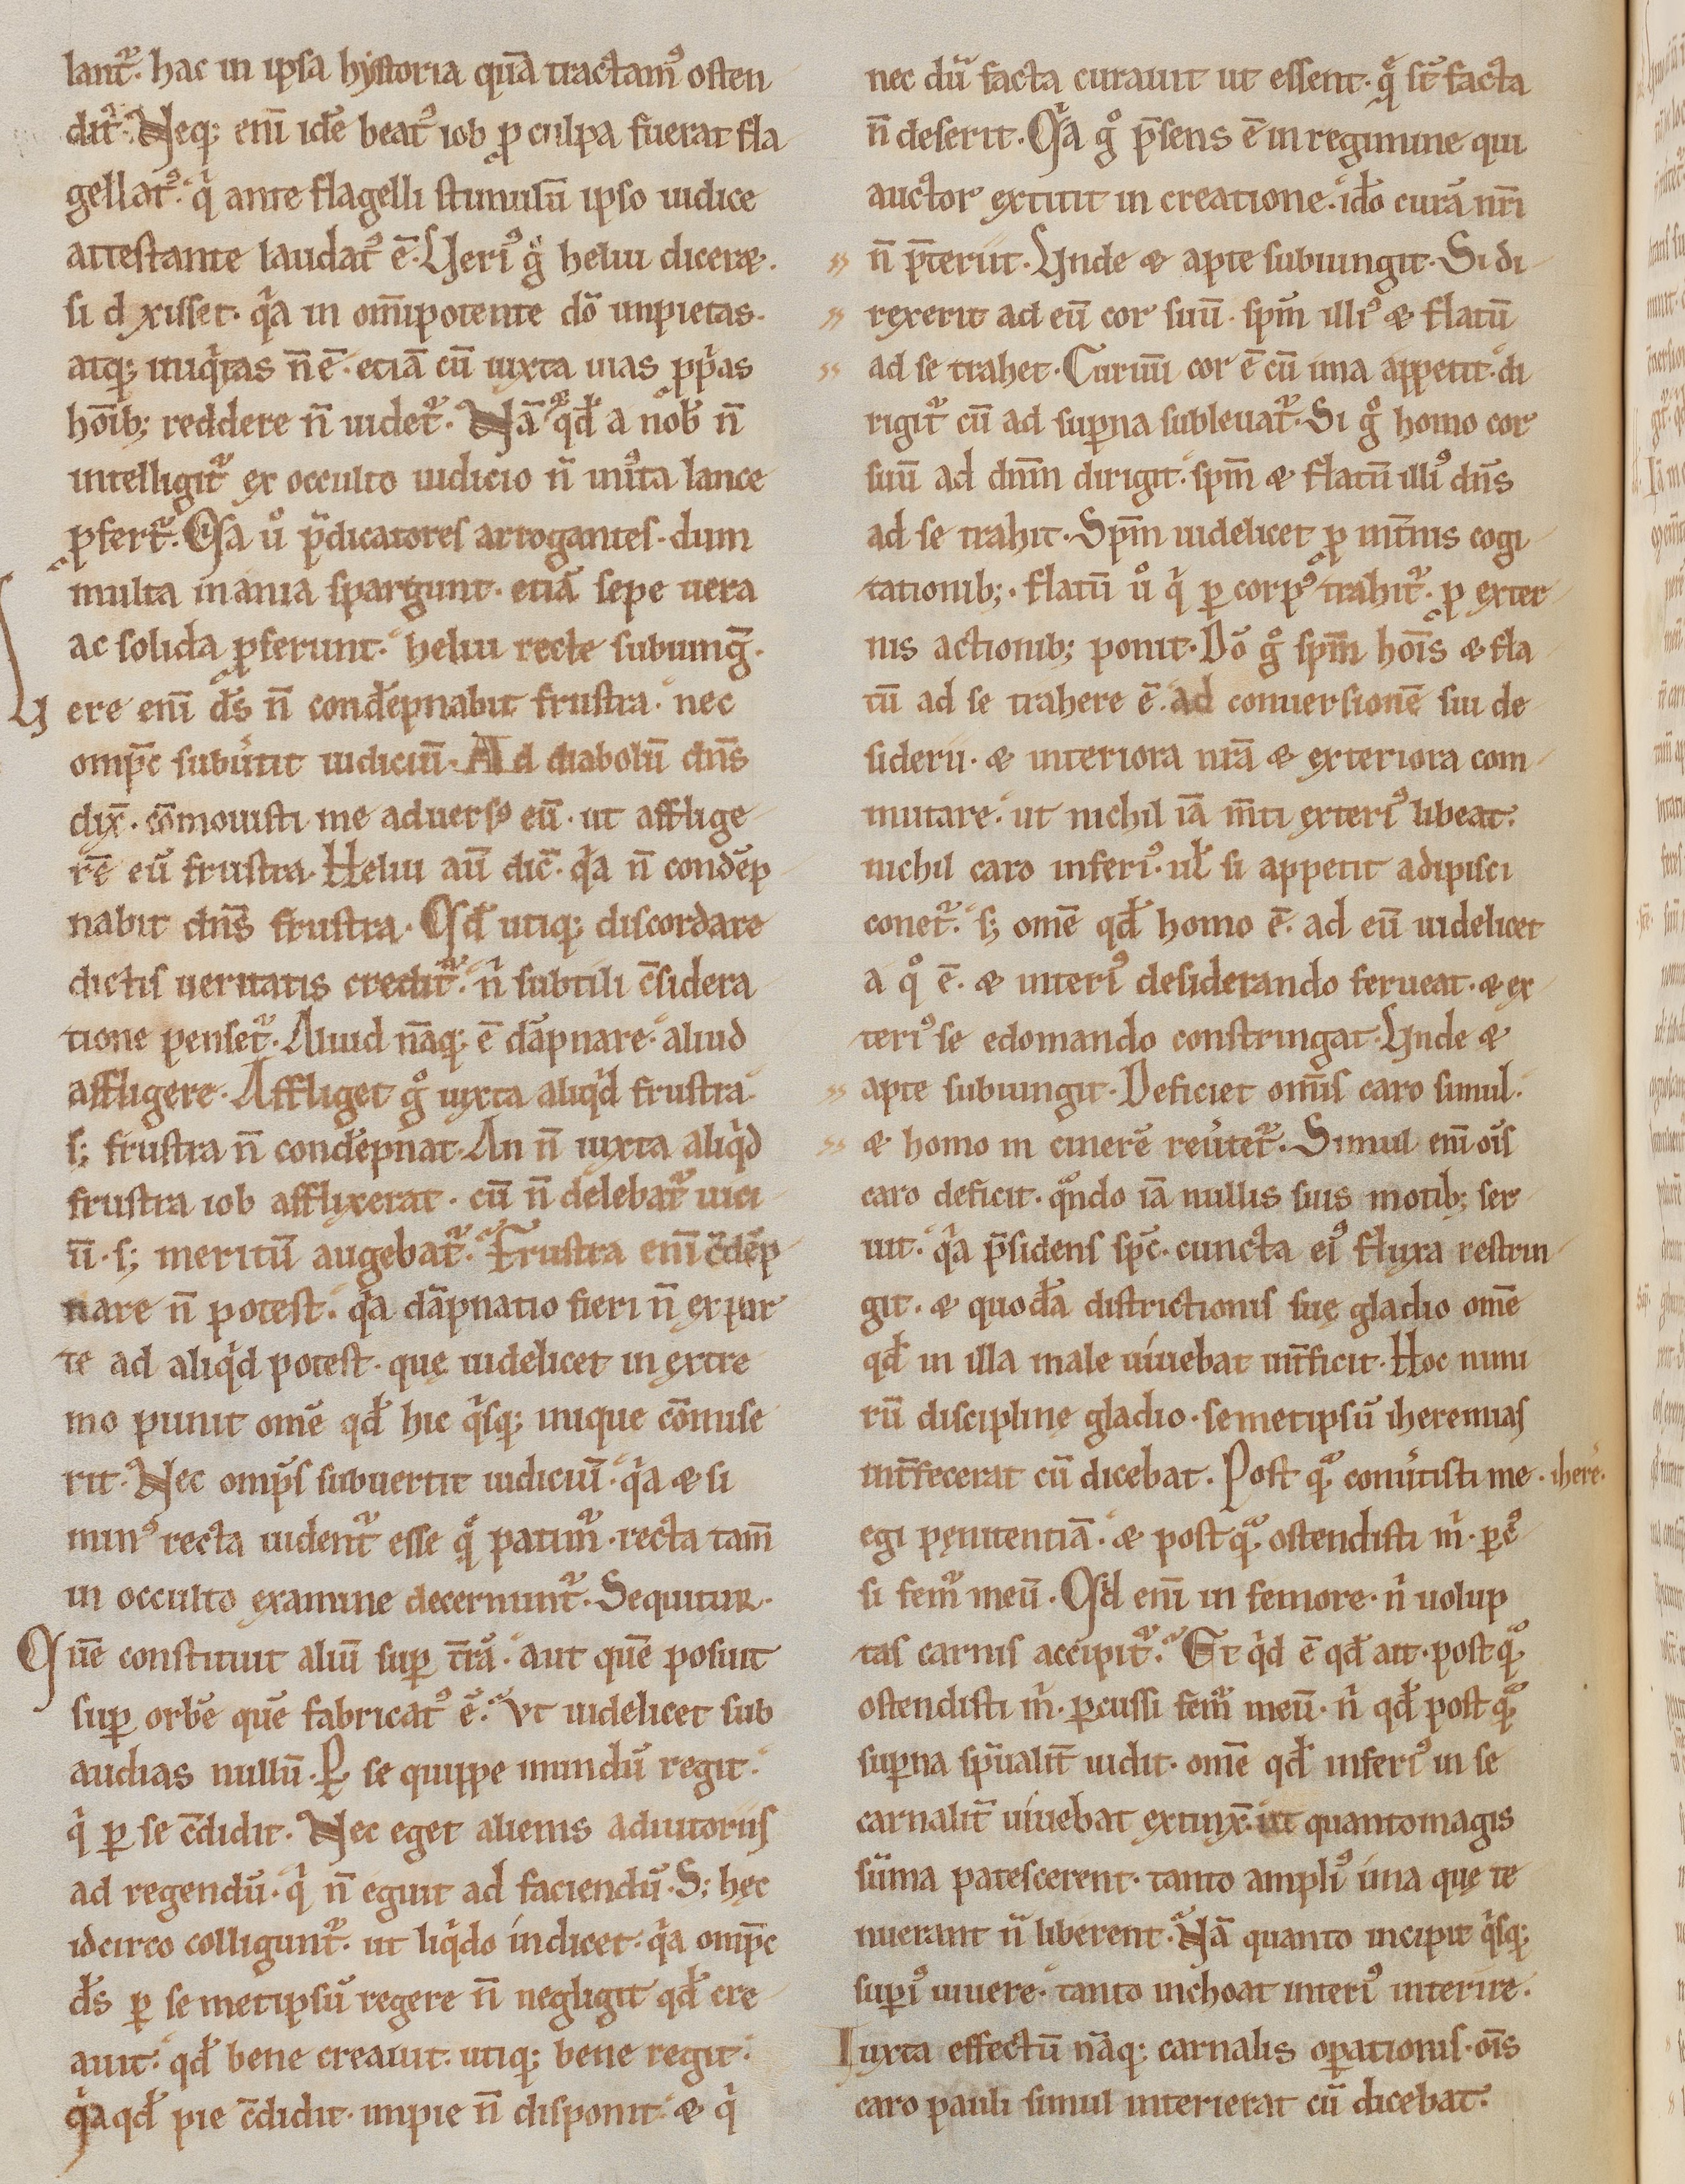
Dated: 1170–1199